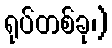
ရုပ်တစ်ခု၊)